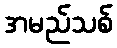
အမည်သစ်